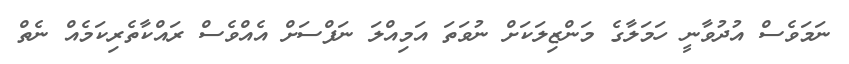
ނަމަވެސް އުދުވާނީ ހަމަލާގެ މަންޒިލަކަށް ނުވަތަ އަމިއްލަ ނަފްސަށް އެއްވެސް ރައްކާތެރިކަމެއް ނެތް